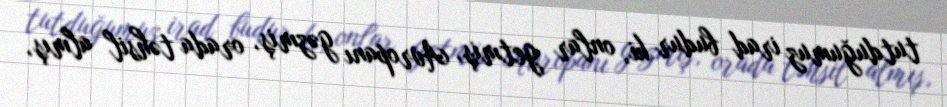
tutduğumuz irad budur ki, onlar getmiş, Avropanı gəzmiş, orada təhsil almış,